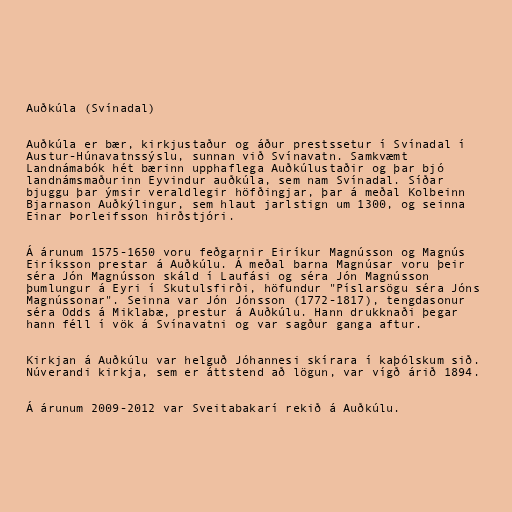
Auðkúla (Svínadal)

Auðkúla er bær, kirkjustaður og áður prestssetur í Svínadal í
Austur-Húnavatnssýslu, sunnan við Svínavatn. Samkvæmt
Landnámabók hét bærinn upphaflega Auðkúlustaðir og þar bjó
landnámsmaðurinn Eyvindur auðkúla, sem nam Svínadal. Síðar
bjuggu þar ýmsir veraldlegir höfðingjar, þar á meðal Kolbeinn
Bjarnason Auðkýlingur, sem hlaut jarlstign um 1300, og seinna
Einar Þorleifsson hirðstjóri.

Á árunum 1575-1650 voru feðgarnir Eiríkur Magnússon og Magnús
Eiríksson prestar á Auðkúlu. Á meðal barna Magnúsar voru þeir
séra Jón Magnússon skáld í Laufási og séra Jón Magnússon
þumlungur á Eyri í Skutulsfirði, höfundur "Píslarsögu séra Jóns
Magnússonar". Seinna var Jón Jónsson (1772-1817), tengdasonur
séra Odds á Miklabæ, prestur á Auðkúlu. Hann drukknaði þegar
hann féll í vök á Svínavatni og var sagður ganga aftur.

Kirkjan á Auðkúlu var helguð Jóhannesi skírara í kaþólskum sið.
Núverandi kirkja, sem er áttstend að lögun, var vígð árið 1894.

Á árunum 2009-2012 var Sveitabakarí rekið á Auðkúlu.